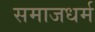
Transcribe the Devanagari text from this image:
समाजधर्म